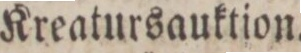
Kreatursauktion.